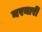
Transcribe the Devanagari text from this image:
नरनारीं